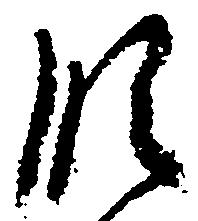
段